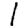
Digit: 1